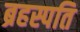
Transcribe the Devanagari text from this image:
ब्रहस्पति